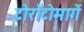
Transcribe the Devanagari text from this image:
टोराँटोमार्गे